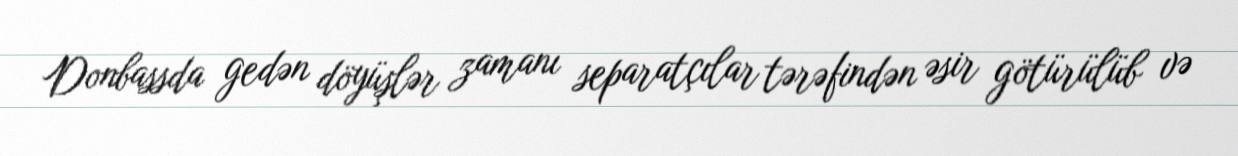
Donbassda gedən döyüşlər zamanı separatçılar tərəfindən əsir götürülüb və